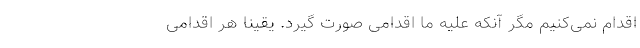
اقدام نمی‌کنیم مگر آنکه علیه ما اقدامی صورت گیرد. یقینا هر اقدامی